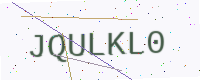
Text: JQULKL0